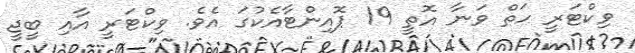
ވިކްޓަރީ ހަތް ވަނާ އޮތީ 19 ޕޮއިންޓާއެކުގަ އެވެ. ވިކްޓަރީ އާއި ބީޖީ